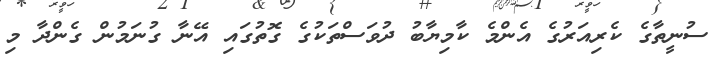
ސުނީތާގެ ކެރިއަރުގެ އެންމެ ކާމިޔާބު ދުވަސްތަކުގެ ގޮތުގައި އޭނާ ގުނަމުން ގެންދާ މި